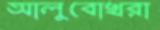
আলুবোখরা